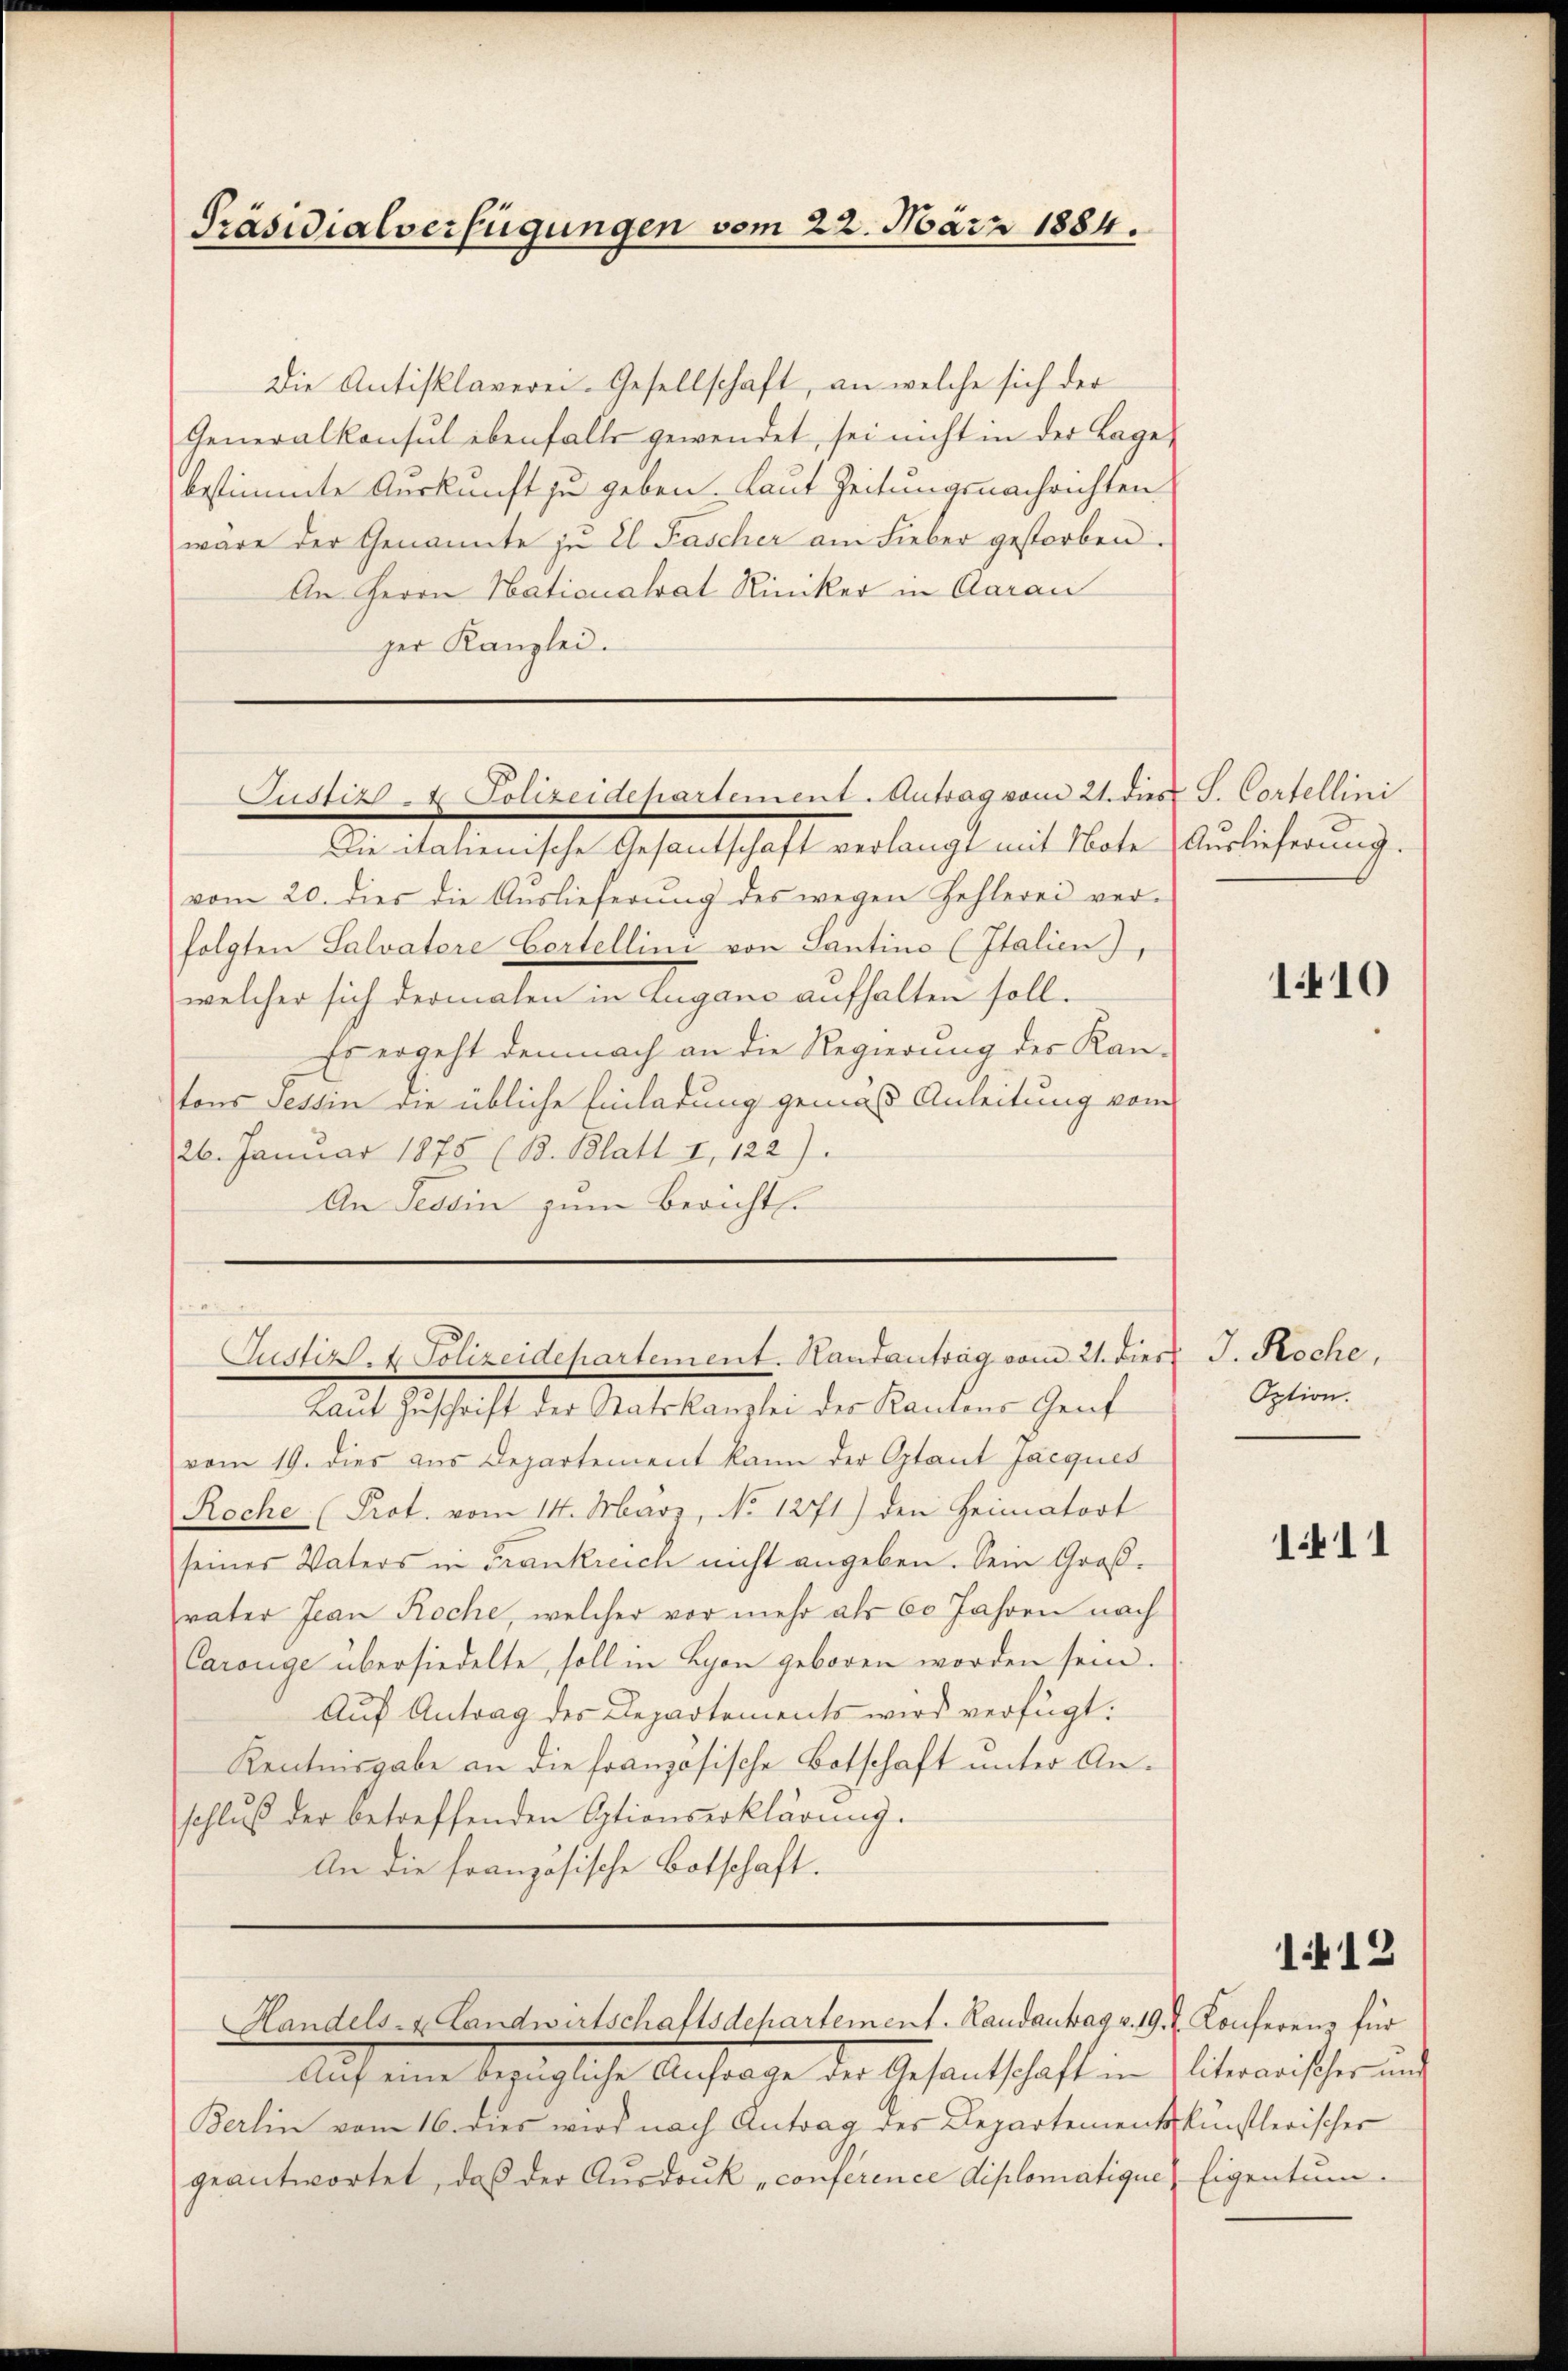
Die Antisklaverei-Gesellschaft, an welche sich der
Generalkonsul ebenfalls gewendet, sei nicht in der Lage
bestimmte Auskunft zu geben. Laut Zeitungsnachrichten
wäre der Genannte zu El Fascher am Fieber gestorben.
An Herrn Nationalrat Riniker in Aarau
ger Kanzlei.

Die Malerische Gesandtschaft verlangt mit Note Auslicherung.
vom 20. dies die Auslieferung des wegen Zehlerei ver-
folgten Salvatore Cortellini von Santino (Italien),
welcher sich dermalen in Lugano aufhalten soll.
Es ergeht demnach an die Regierung der Kan-
tons Tessin die übliche Einladung gemäß Anleitung vom
26. Januar 1875 (13. Blatt 1, 122).
An Tessin zum Bericht.

Präsidialverfügungen vom 22. März 1884.

Justiz- & Polizeidehartement. Antrag vom 21. dies S. Cortellini

Justiz. Polizeidepartement. Hautantrag vom 21. Dies

Laŭt Zŭschrift der Statskanzlei der Kantons Genf
vom 19. dies aus Departement kann der Otant Jacques
Roche (Prot. vom 14. März, No 1271) den Heimatort
seines Vaters in Frankreich nicht angeben. Sein Großvater Jean Roche, welcher vor mehr als 60 Jahren nach
Carouge übersiedelte, soll in Lyon geboren worden sein.
Auf Antrag des Departements wird verfügt:
Kentnisgabe an die französische Botschaft unter Anschluß der betreffenden Optionserklärung.
An die französische Botschaft.

Auf eine bezügliche Anfrage der Gesandtschaften Interweisher und
Berlin vom 16. dies wird nach Antrag der Departementskünstlerischer
geantwortet, daβ der Aŭsdrŭk „conference diplomatique Eigentum.

Handels- & Landwirtschaftsdepartement. Randantag v. 19. d. Konferenz für

110

J. Roche,
Option.

111

1412